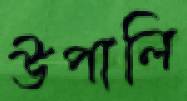
উপালি